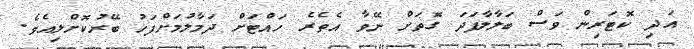
އަދި ކޮޓަރިން ވަސް ބަލާލާފަދަ ގޮތަށް ނޭވާ އެތެރެ ހައްޓަށް ދަމާލުމަށްފަހު ބޭރުކޮށްލިއެވެ.